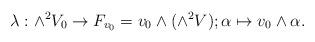
LaTeX: \begin{align*} \lambda: \wedge^2V_0\to F_{v_0}=v_0\wedge (\wedge^2V);\alpha\mapsto v_0\wedge\alpha. \end{align*}